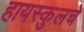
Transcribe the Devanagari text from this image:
हायस्‍कुलचे